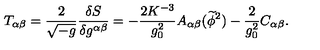
T _ { \alpha \beta } = \frac { 2 } { { \sqrt { - g } } } \frac { { \delta S } } { { \delta g ^ { \alpha \beta } } } = - \frac { 2 K ^ { - 3 } } { { g _ { 0 } ^ { 2 } } } A _ { \alpha \beta } ( \widetilde \phi ^ { 2 } ) - \frac { 2 } { g _ { 0 } ^ { 2 } } C _ { \alpha \beta } .